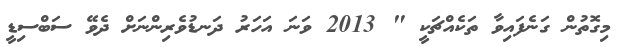
މިގޮތުން ގަނެފައިވާ ތަކެއްޗަކީ " 2013 ވަނަ އަހަރު ދަނޑުވެރިންނަށް ދެވޭ ސަބްސިޑީ